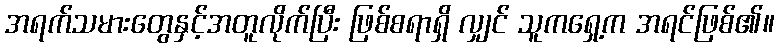
အရက်သမားတွေနှင့်အတူလိုက်ပြီး ဖြစ်စရာရှိ လျှင် သူကရှေ့က အရင်ဖြစ်၏။